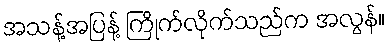
အသန့်အပြန့် ကြိုက်လိုက်သည်က အလွန်။